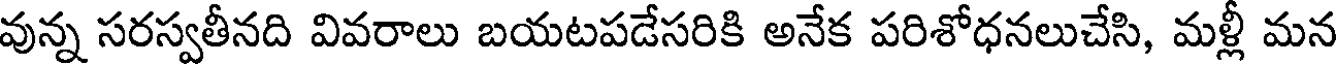
వున్న సరస్వతీనది వివరాలు బయటపడేసరికి అనేక పరిశోధనలుచేసి, మళ్లీ మన